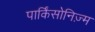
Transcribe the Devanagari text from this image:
पार्किंसोनिज़्म